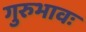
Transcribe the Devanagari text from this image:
गुरुभावः